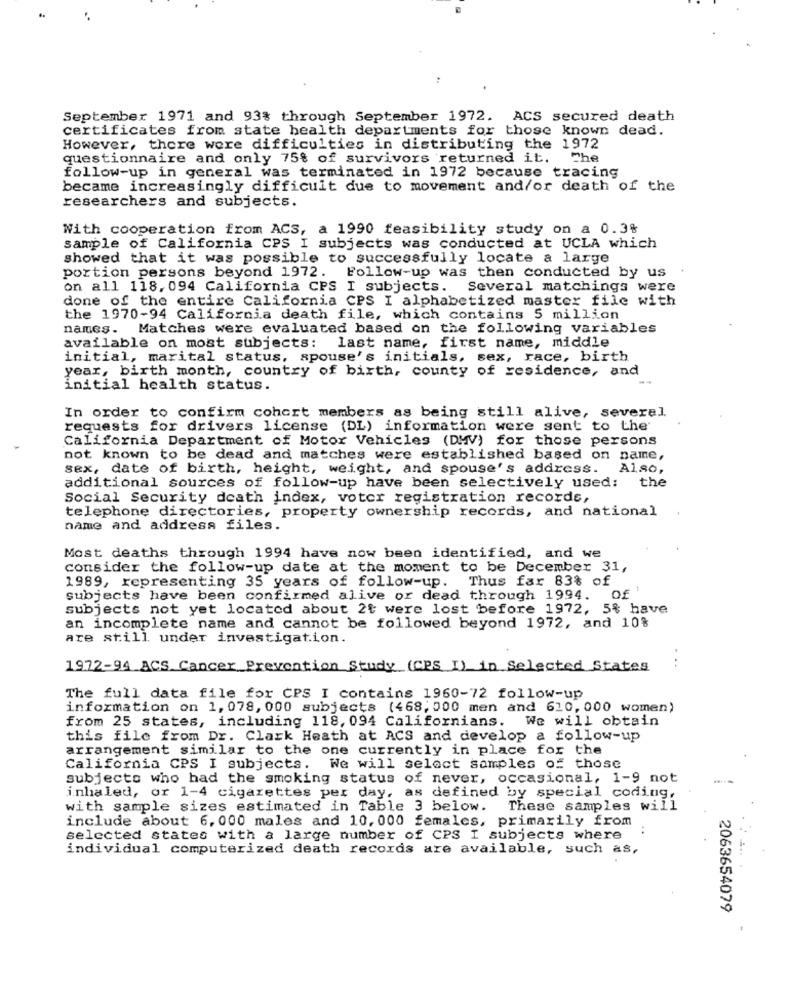
September 1971 and 93% through September 1972. ACS secured death
certificates from state health departments for those known dead.
However, there were difficulties in distributing the 1972
questionnaire and only 75% of survivors returned it. Che
follow-up in general was terminated in 1972 because tracing
became increasingly difficult due to movement and/or death of the
researchers and subjects.
With cooperation from ACS, a 1990 feasibility study on a 0.3%
sample of California CPS I subjects was conducted at UCLA which
showed that it was possible to successfully locate a large
portion persons beyond 1972. Follow-up was then conducted by us
on all 118. 094 California CPS I subjects. Several matchings were
done of the entire California CPS I alphabetized master file with
the 1970-94 California death file, which contains 5 million
names. Matches were evaluated based on the following variables
available on most subjects: last name, first name, middle
initial, marital status, spouse's initials, sex, race, birth
year, birth month, country of birth, county of residence, and
initial health status.
In order to confirm cohort members as being still alive, several.
requests for drivers license (DL) information were sent to the'
California Department of Motor Vehicles (DMV) for those persons
not known to be dead and matches were established based on name,
sex, date of birth, height, weight, and spouse's address. Also,
additional sources of follow-up have been selectively used: the
Social Security death index, voter registration records,
telephone directories, property ownership records, and national
name and address files.
Most deaths through 1994 have now been identified, and we
consider the follow-up date at the moment to be December 31,
1989, representing 35 years of follow-up. Thus far 83% of
subjects have been confirmed alive or dead through 1994. Of'
subjects not yet located about 2t were lost before 1972, 5% have
an incomplete name and cannot be followed beyond 1972, and 10%
are still under investigation.
1972-94 ACS Cancer Prevention Study (CPS I) in Selected States
The full data file for CPS I contains 1960-72 follow-up
information on 1, 078, 000 subjects (468, 000 men and 610, 000 women)
from 25 states, including 118, 094 Californians. We will obtain
this file from Dr. Clark Heath at ACS and develop a follow-up
arrangement similar to the one currently in place for the
California CPS I subjects. We will select samples of those
subjects who had the smoking status of never, occasional, 1-9 not
inhaled, or 1-4 cigarettes per day, as defined by special coding,
with sample sizes estimated in Table 3 below. These samples will
include about 6. 000 males and 10, 000 females, primarily from
selected states with a large number of CPS I subjects where
individual computerized death records are available, such as,
2063654079